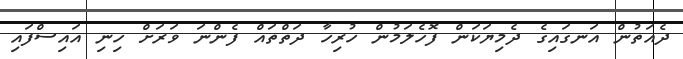
ދެއަތުން އަނގައިގެ ދެމިޔަކަން ފޮހެލަމުން ހުރިހާ ދަތްތައް ފެންނަ ވަރަށް ހިނި އައިސްފައި